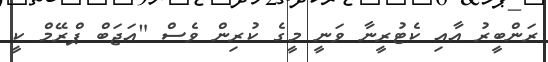
ރަންބީރު އާއި ކެޓުރީނާ ވަނީ މީގެ ކުރިން ވެސް "އަޖަބް ޕްރޭމް ކީ